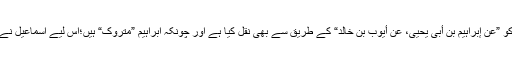
اسماعیل ہی نے اس روایت کو ”عن إبراہیم بن أبی یحیی، عن أیوب بن خالد“ کے طریق سے بھی نقل کیا ہے اور چونکہ ابراہیم ”متروک“ ہیں؛اس لیے اسماعیل نے ان کو سند سے ساقط کردیا۔